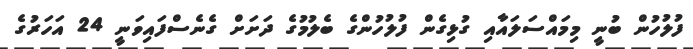
ފުލުހުން ބުނީ މިމައްސަލައާއި ގުޅިގެން ފުލުހުންގެ ބެލުމުގެ ދަށަށް ގެނެސްފައިވަނީ 24 އަހަރުގެ